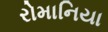
રોમાનિયા